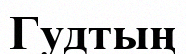
Гудтың